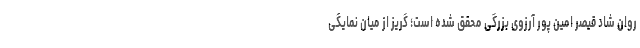
روان شاد قیصر امین پور آرزوی بزرگی محقق شده است؛ گریز از میان نمایگی